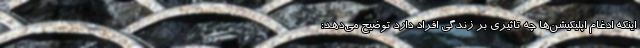
اینکه ادغام اپلیکیشن‌ها چه تاثیری بر زندگی افراد دارد توضیح می‌دهد: